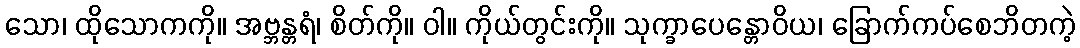
သော၊ ထိုသောကကို။ အဗ္ဘန္တရံ၊ စိတ်ကို။ ဝါ။ ကိုယ်တွင်းကို။ သုက္ခာပေန္တောဝိယ၊ ခြောက်ကပ်စေဘိတကဲ့